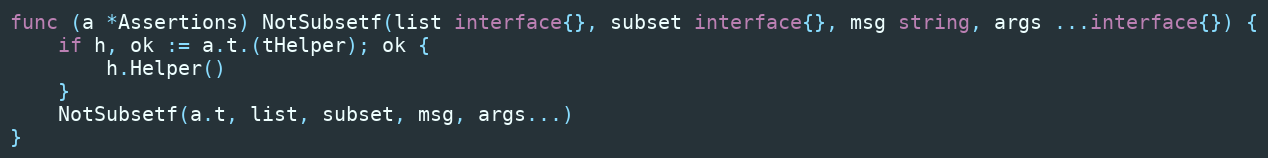
Language: Go
func (a *Assertions) NotSubsetf(list interface{}, subset interface{}, msg string, args ...interface{}) {
	if h, ok := a.t.(tHelper); ok {
		h.Helper()
	}
	NotSubsetf(a.t, list, subset, msg, args...)
}